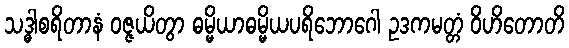
သဒ္ဓါစရိတာနံ ဝဇ္ဇယိတွာ ဓမ္မိယာဓမ္မိယပရိဘောဂေါ ဥဒကမတ္တံ ဝိဟိတောတိ